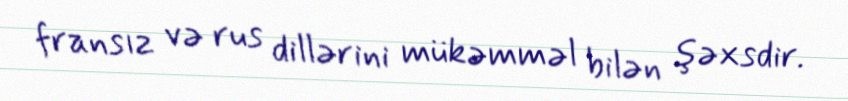
fransız və rus dillərini mükəmməl bilən şəxsdir.